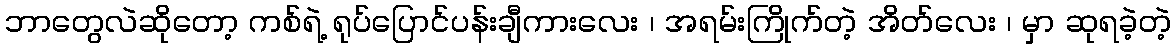
ဘာတွေလဲဆိုတော့ ကစ်ရဲ့ ရုပ်ပြောင်ပန်းချီကားလေး ၊ အရမ်းကြိုက်တဲ့ အိတ်လေး ၊ မှာ ဆုရခဲ့တဲ့